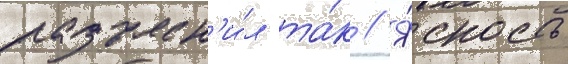
разъясн'и́л та́к // Я́сность